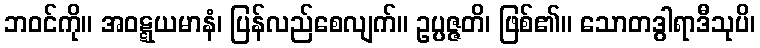
ဘဝင်ကို။ အဝဋ္ဋယမာနံ၊ ပြန်လည်စေလျက်။ ဥပ္ပဇ္ဇတိ၊ ဖြစ်၏။ သောတဒွါရာဒီသုပိ၊